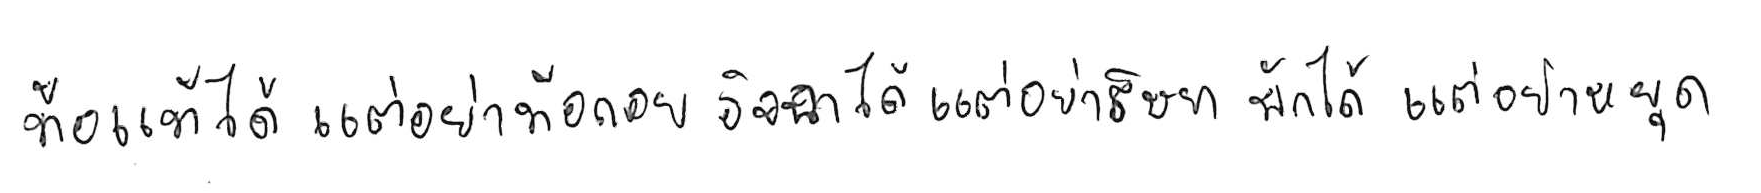
ท้อแท้ได้ แต่อย่าท้อถอย อิจฉาได้ แต่อย่าริษยา พักได้ แต่อย่าหยุด